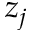
z _ { j }